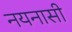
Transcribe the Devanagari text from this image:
नयनासी